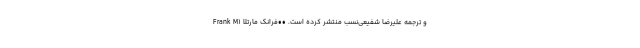
و ترجمهٔ علیرضا شفیعی‌نسب منتشر کرده است. ••فرانک مارتلا (Frank M